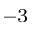
^ { - 3 }